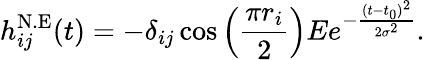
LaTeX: h_{ij}^{\mathrm{N.E}}(t)=-\delta_{ij}\cos\left(\frac{\pi r_{i}}{2}\right)Ee^{-\frac{(t-t_{0})^{2}}{2\sigma^{2}}}.